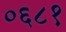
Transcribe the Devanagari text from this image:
०६८१